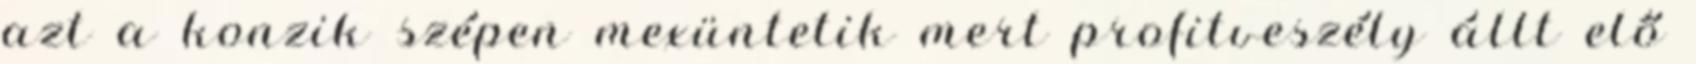
azt a konzik szépen mexüntetik mert profitveszély állt elő